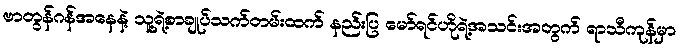
ဗာတွန်ဂန်အနေနဲ့ သူ့ရဲ့စာချုပ်သက်တမ်းထက် နည်းပြ မော်ရင်ဟိုရဲ့အသင်းအတွက် ရာသီကုန်မှာ